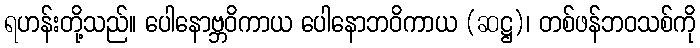
ရဟန်းတို့သည်။ ပေါနောဗ္ဘဝိကာယ ပေါနောဘဝိကာယ (ဆဋ္ဌ)၊ တစ်ဖန်ဘဝသစ်ကို